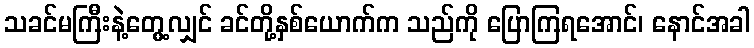
သခင်မကြီးနဲ့တွေ့လျှင် ခင်တို့နှစ်ယောက်က သည်ကို ပြောကြရအောင်၊ နောင်အခါ